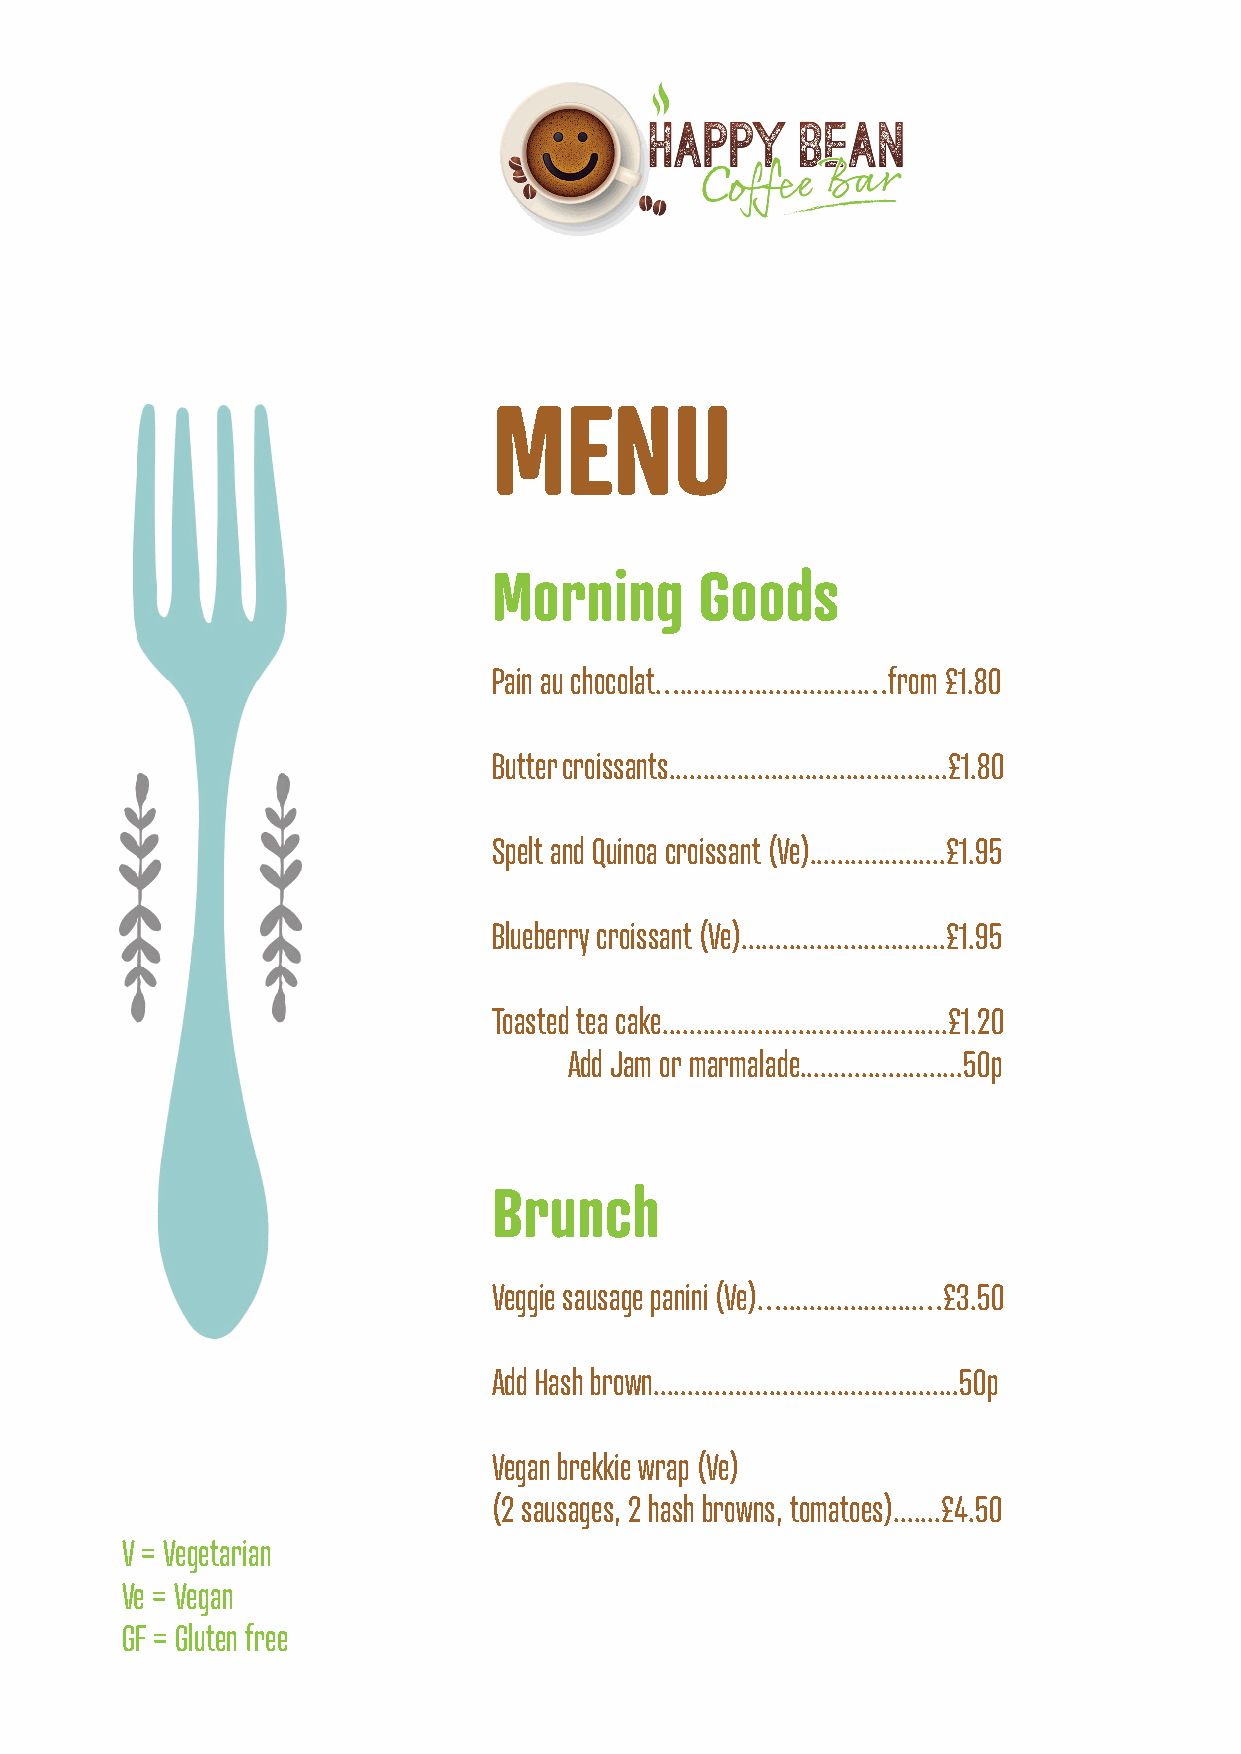
MENU
 Morning      Goods
 Pain au chocolat…...........................…from £1.80
 Butter croissants.........................................£1.80
 Spelt and Quinoa croissant (Ve)....................£1.95
 Blueberry croissant (Ve)..............................£1.95
 Toasted tea cake..........................................£1.20
 Add Jam or marmalade........................50p
 Brunch
 Veggie sausage panini (Ve)…....................…£3.50
 Add Hash brown.............................................50p
 Vegan brekkie wrap (Ve)
 (2 sausages, 2 hash browns, tomatoes).......£4.50
 V = Vegetarian
 Ve = Vegan
 GF = Gluten free